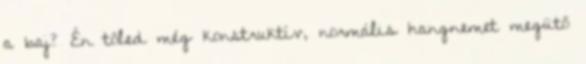
a baj? Én tőled még konstruktí­v, normális hangnemet megütő